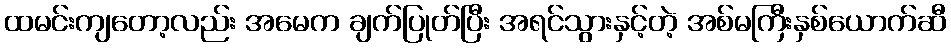
ထမင်းကျတော့လည်း အမေက ချက်ပြုတ်ပြီး အရင်သွားနှင့်တဲ့ အစ်မကြီးနှစ်ယောက်ဆီ